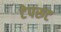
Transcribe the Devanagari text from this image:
टेपरूट